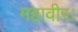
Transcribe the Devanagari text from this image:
महावीर।